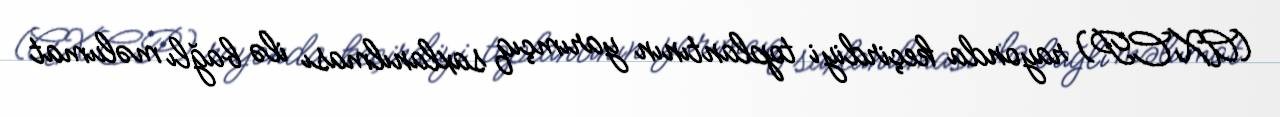
(AXCP) rayonda keçirdiyi toplantının yarımçıq saxlanılması ilə bağlı məlumat